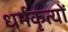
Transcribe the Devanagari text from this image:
धर्मकृत्यों